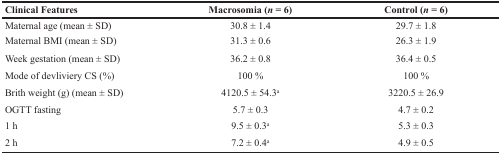
<table><thead><tr><td><b>Clinical Features</b></td><td><b>Macrosomia (<i>n</i>= 6)</b></td><td><b>Control (<i>n</i> = 6)</b></td></tr></thead><tbody><tr><td>Maternal age (mean ± SD)</td><td>30.8 ± 1.4</td><td>29.7 ± 1.8</td></tr><tr><td>Maternal BMI (mean ± SD)</td><td>31.3 ± 0.6</td><td>26.3 ± 1.9</td></tr><tr><td>Week gestation (mean ± SD)</td><td>36.2 ± 0.8</td><td>36.4 ± 0.5</td></tr><tr><td>Mode of devliviery CS (%)</td><td>100 %</td><td>100 %</td></tr><tr><td>Brith weight (g) (mean ±SD)</td><td>4120.5 ± 54.3<sup>a</sup></td><td>3220.5 ± 26.9</td></tr><tr><td>OGTT fasting</td><td>5.7 ± 0.3</td><td>4.7 ± 0.2</td></tr><tr><td>1 h</td><td>9.5 ± 0.3<sup>a</sup></td><td>5.3 ± 0.3</td></tr><tr><td>2 h</td><td>7.2 ± 0.4<sup>a</sup></td><td>4.9 ± 0.5</td></tr></tbody></table>